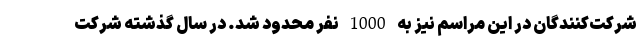
شرکت‌کنندگان در این مراسم نیز به 1000 نفر محدود شد. در سال گذشته شرکت